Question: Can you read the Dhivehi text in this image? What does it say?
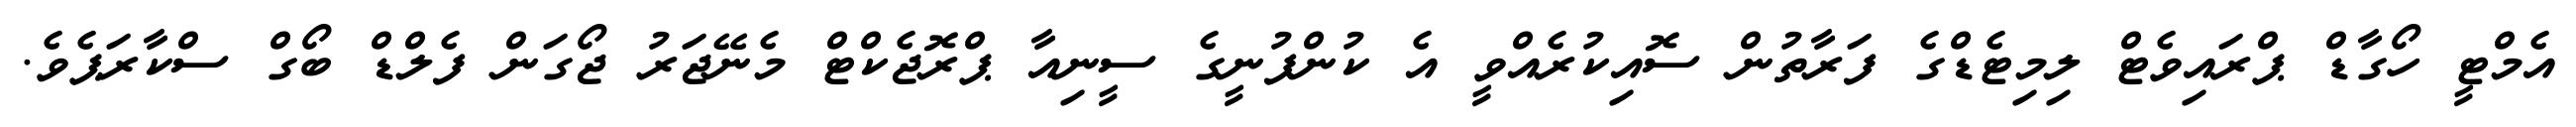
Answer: އެމްޓީ ހޯގާޑް ޕްރައިވެޓް ލިމިޓެޑްގެ ފަރާތުން ސޮއިކުރެއްވީ އެ ކުންފުނީގެ ސީނިއާ ޕްރޮޖެކްޓް މެނޭޖަރު ޖޯގަން ފެލްޑް ބޯގް ސްކާރަޕެވެ.